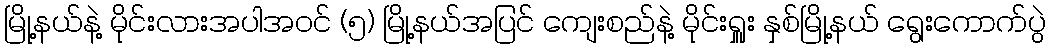
မြို့နယ်နဲ့ မိုင်းလားအပါအဝင် (၅) မြို့နယ်အပြင် ကျေးစည်နဲ့ မိုင်းရှူး နှစ်မြို့နယ် ရွေးကောက်ပွဲ